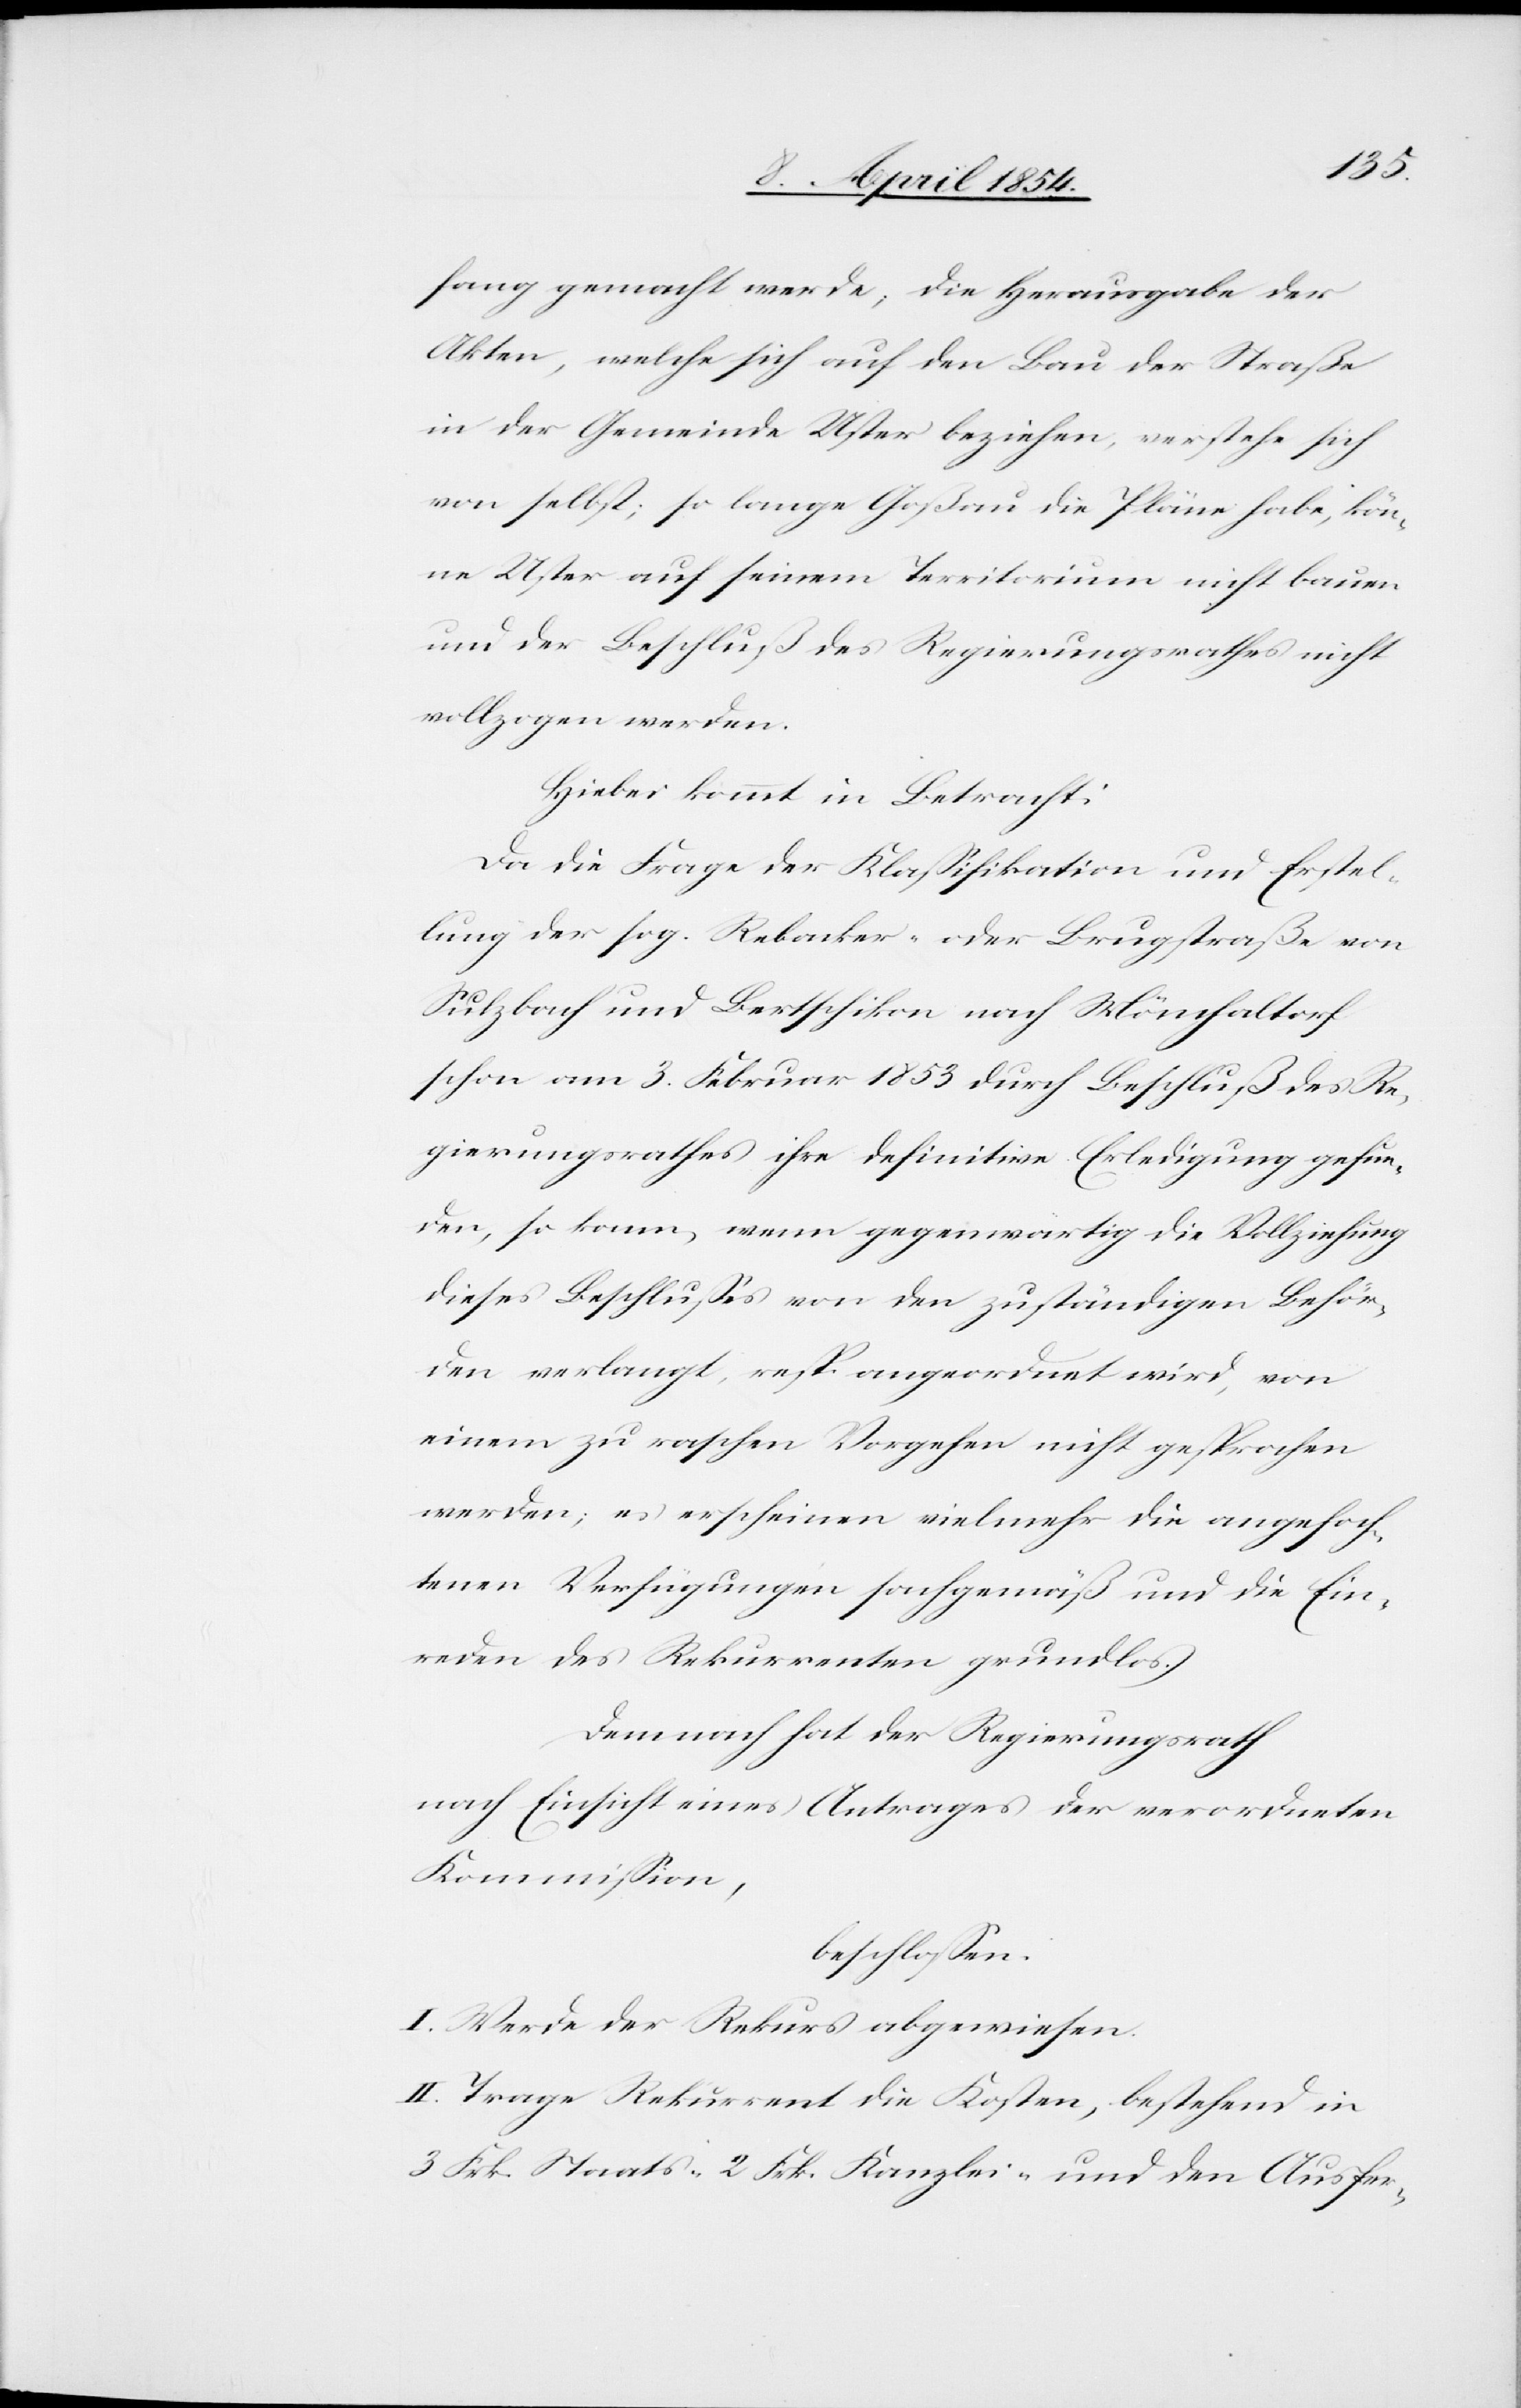
fang gemacht werde; die Herausgabe der
Akten, welche sich auf den Bau der Straße
in der Gemeinde Uster beziehen, verstehe sich
von selbst; so lange Goßau die Pläne habe, kön¬
ne Uster auf seinem Territorium nicht bauen
und der Beschluß des Regierungsrathes nicht
vollzogen werden.
Hiebei kommt in Betracht:
Da die Frage der Klaßifikation und Erstel¬
lung der sog. Rebacker- oder Brugstraße von
Sulzbach und Bertschikon nach Mönchaltdorf
schon am 3. Februar 1853 durch Beschluß des Re¬
gierungsrathes ihre definitive Erledigung gefun¬
den, so kann, wenn gegenwärtig die Vollziehung
dieses Beschlußes von den zuständigen Behör¬
den verlangt, resp. angeordnet wird, von
einem zu raschen Vorgehen nicht gesprochen
werden; es erscheinen vielmehr die angefoch¬
tenen Verfügungen sachgemäß und die Ein¬
reden des Rekurrenten grundlos.
Demnach hat der Regierungsrath
nach Einsicht eines Antrages der verordneten
Kommißion,
beschloßen:
I. Werde der Rekurs abgewiesen.
II. Trage Rekurrent die Kosten, bestehend in
3 Frk. Staats-[,] 2 Frk. Kanzlei- und den Ausfer-